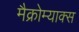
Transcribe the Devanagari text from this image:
मैक्रोम्याक्स